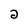
Character: 2